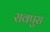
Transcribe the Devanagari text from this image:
रावपुरा